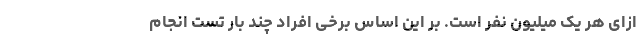
ازای هر یک میلیون نفر است. بر این اساس برخی افراد چند بار تست انجام